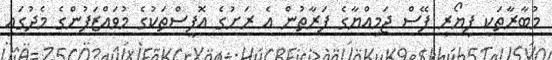
މުބާރާތަކީ ފިޔޯރީ ފޭސް ޖަމިއްޔާގެ ފަރާތުން އެ ރަށުގެ އޮފީސްތަކުގެ މުވައްޒަފުންގެ މެދުގައި